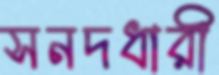
সনদধারী